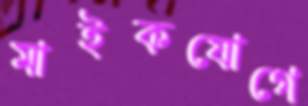
মাইকযোগে